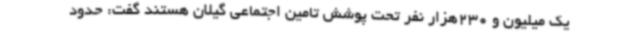
یک میلیون و 230هزار نفر تحت پوشش تامین اجتماعی گیلان هستند گفت: حدود